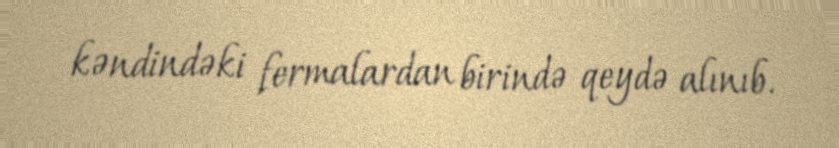
kəndindəki fermalardan birində qeydə alınıb.